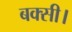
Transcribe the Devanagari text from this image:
बक्सी।